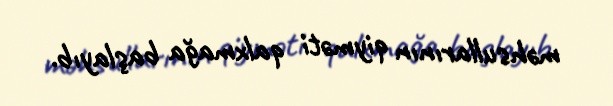
məhsullarının qiyməti qalxmağa başlayıb.